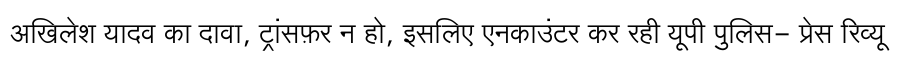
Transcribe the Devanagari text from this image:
अखिलेश यादव का दावा, ट्रांसफ़र न हो, इसलिए एनकाउंटर कर रही यूपी पुलिस- प्रेस रिव्यू